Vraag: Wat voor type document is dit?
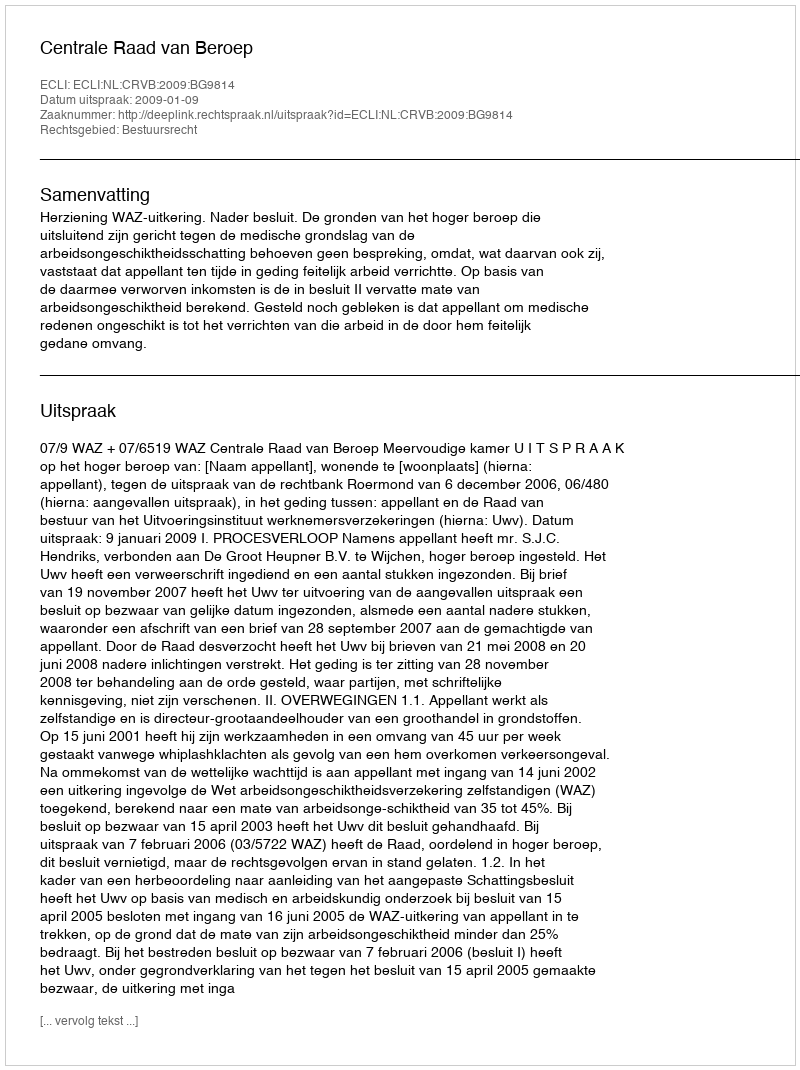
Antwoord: Uitspraak